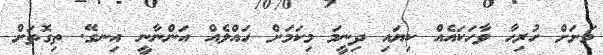
މަށަށް ހުރިހާ ވާހަކައެއް ކިޔައި ދިނީމަ މިކަމަށް ހައްލެއް އަންނާނީ އިނގޭ. ތިގޮތަށް